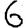
Digit: 6